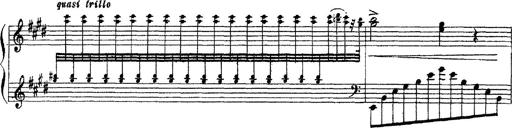
Title: 3 sonetti di Petrarca
Composer: Franz Liszt